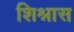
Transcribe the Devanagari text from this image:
शिश्नास